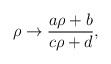
\begin{align*}\rho \rightarrow \frac{a\rho + b}{c\rho + d},\end{align*}